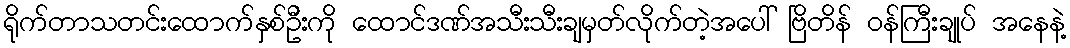
ရိုက်တာသတင်းထောက်နှစ်ဦးကို ထောင်ဒဏ်အသီးသီးချမှတ်လိုက်တဲ့အပေါ် ဗြိတိန် ဝန်ကြီးချုပ် အနေနဲ့